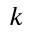
k